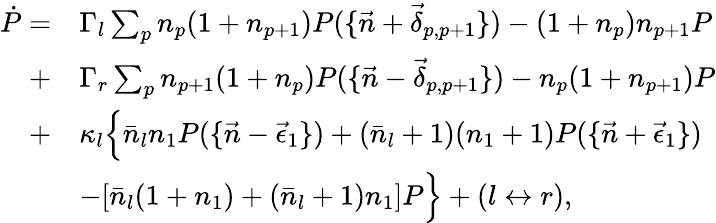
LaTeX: \begin{array}{rl}{\dot{P}=}&{\Gamma_{l}\sum_{p}n_{p}(1+n_{p+1})P(\{ \vec{n}+\vec{\delta}_{p,p+1}\} )-(1+n_{p})n_{p+1}P}\\ {+}&{\Gamma_{r}\sum_{p}n_{p+1}(1+n_{p})P(\{ \vec{n}-\vec{\delta}_{p,p+1}\} )-n_{p}(1+n_{p+1})P}\\ {+}&{\kappa_{l}\Big\{ \bar{n}_{l}n_{1}P(\{ \vec{n}-\vec{\epsilon}_{1}\} )+(\bar{n}_{l}+1)(n_{1}+1)P(\{ \vec{n}+\vec{\epsilon}_{1}\} )}\\ &{-[\bar{n}_{l}(1+n_{1})+(\bar{n}_{l}+1)n_{1}]P\Big\} +(l\leftrightarrow r),}\end{array}